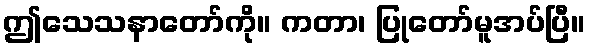
ဤသေသနာတော်ကို။ ကတာ၊ ပြုတော်မူအပ်ပြီ။